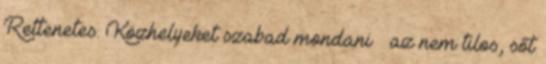
Rettenetes. Közhelyeket szabad mondani – az nem tilos, sőt